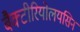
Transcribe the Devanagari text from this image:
बैक्टीरियोलयसिन